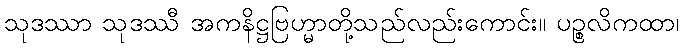
သုဒဿာ သုဒဿီ အကနိဋ္ဌဗြဟ္မာတို့သည်လည်းကောင်း။ ပဉ္စလိကထာ၊